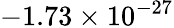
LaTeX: -1.73\times 10^{-27}